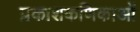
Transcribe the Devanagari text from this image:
प्रकाशकणिकाओं